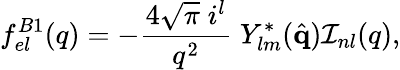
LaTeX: f_{el}^{B1}(q)=-\frac{4\sqrt{\pi}\; i^{l}}{q^{2}}\; Y_{lm}^{*}(\hat{\mathbf{q}}){\cal I}_{nl}(q),